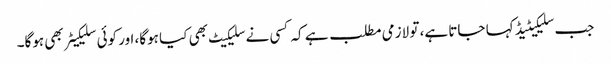
جب سلیکیٹیڈ کہا جاتا ہے، تو لازمی مطلب ہے کہ کسی نے سلیکیٹ بھی کیا ہوگا، اور کوئی سلیکیٹر بھی ہوگا۔